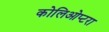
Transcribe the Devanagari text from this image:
कोलिओप्टरा